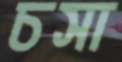
চসা